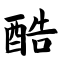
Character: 酷